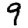
Digit: 9